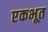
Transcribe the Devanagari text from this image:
एकभूत